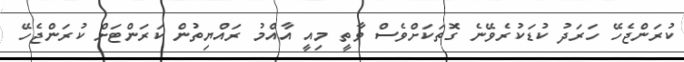
ކުރަންޖެހޭ ހަރަދު ކުޑަކުރެވޭނެ ގޮތަކަށްވެސް ވާތީ މިއީ އާއްމު ރައްޔިތުން ކަރަންޓަށް ކުރަންޖެހޭ